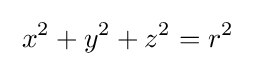
\;x^{2}+y^{2}+z^{2}=r^{2}\;